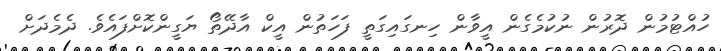
ހުއްޓުމުން ދޮރުން ނުކުމެގެން އީވާން ހިނގައިގަތީ ފަހަތުން އީކް އާދޭތޯ ޔަގީންކޮށްފައެވެ. ދެމެދަށް